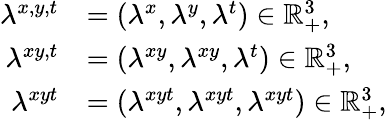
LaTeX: \begin{array}{rl}{\lambda^{x,y,t}}&{=(\lambda^{x},\lambda^{y},\lambda^{t})\in\mathbb R_{+}^{3},}\\ {\lambda^{xy,t}}&{=(\lambda^{xy},\lambda^{xy},\lambda^{t})\in\mathbb R_{+}^{3},}\\ {\lambda^{xyt}}&{=(\lambda^{xyt},\lambda^{xyt},\lambda^{xyt})\in\mathbb R_{+}^{3},}\end{array}